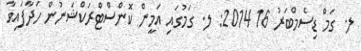
ލ. ގަމް ޑިސެމްބަރު 16 2014: ލ. ގަމުގައި އަމީން ކޮންސްޓްރަކްޝަނުން ހަދާފައިވާ